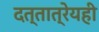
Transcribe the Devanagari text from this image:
दत्तात्रेयही